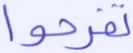
تفرحوا